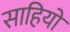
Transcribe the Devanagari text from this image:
साहियों